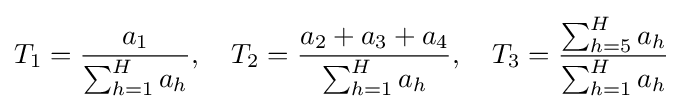
T_{1}={\frac {a_{1}}{\sum _{h=1}^{H}a_{h}}},\quad T_{2}={\frac {a_{2}+a_{3}+a_{4}}{\sum _{h=1}^{H}a_{h}}},\quad T_{3}={\frac {\sum _{h=5}^{H}{a_{h}}}{\sum _{h=1}^{H}a_{h}}}